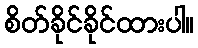
စိတ်ခိုင်ခိုင်ထားပါ။